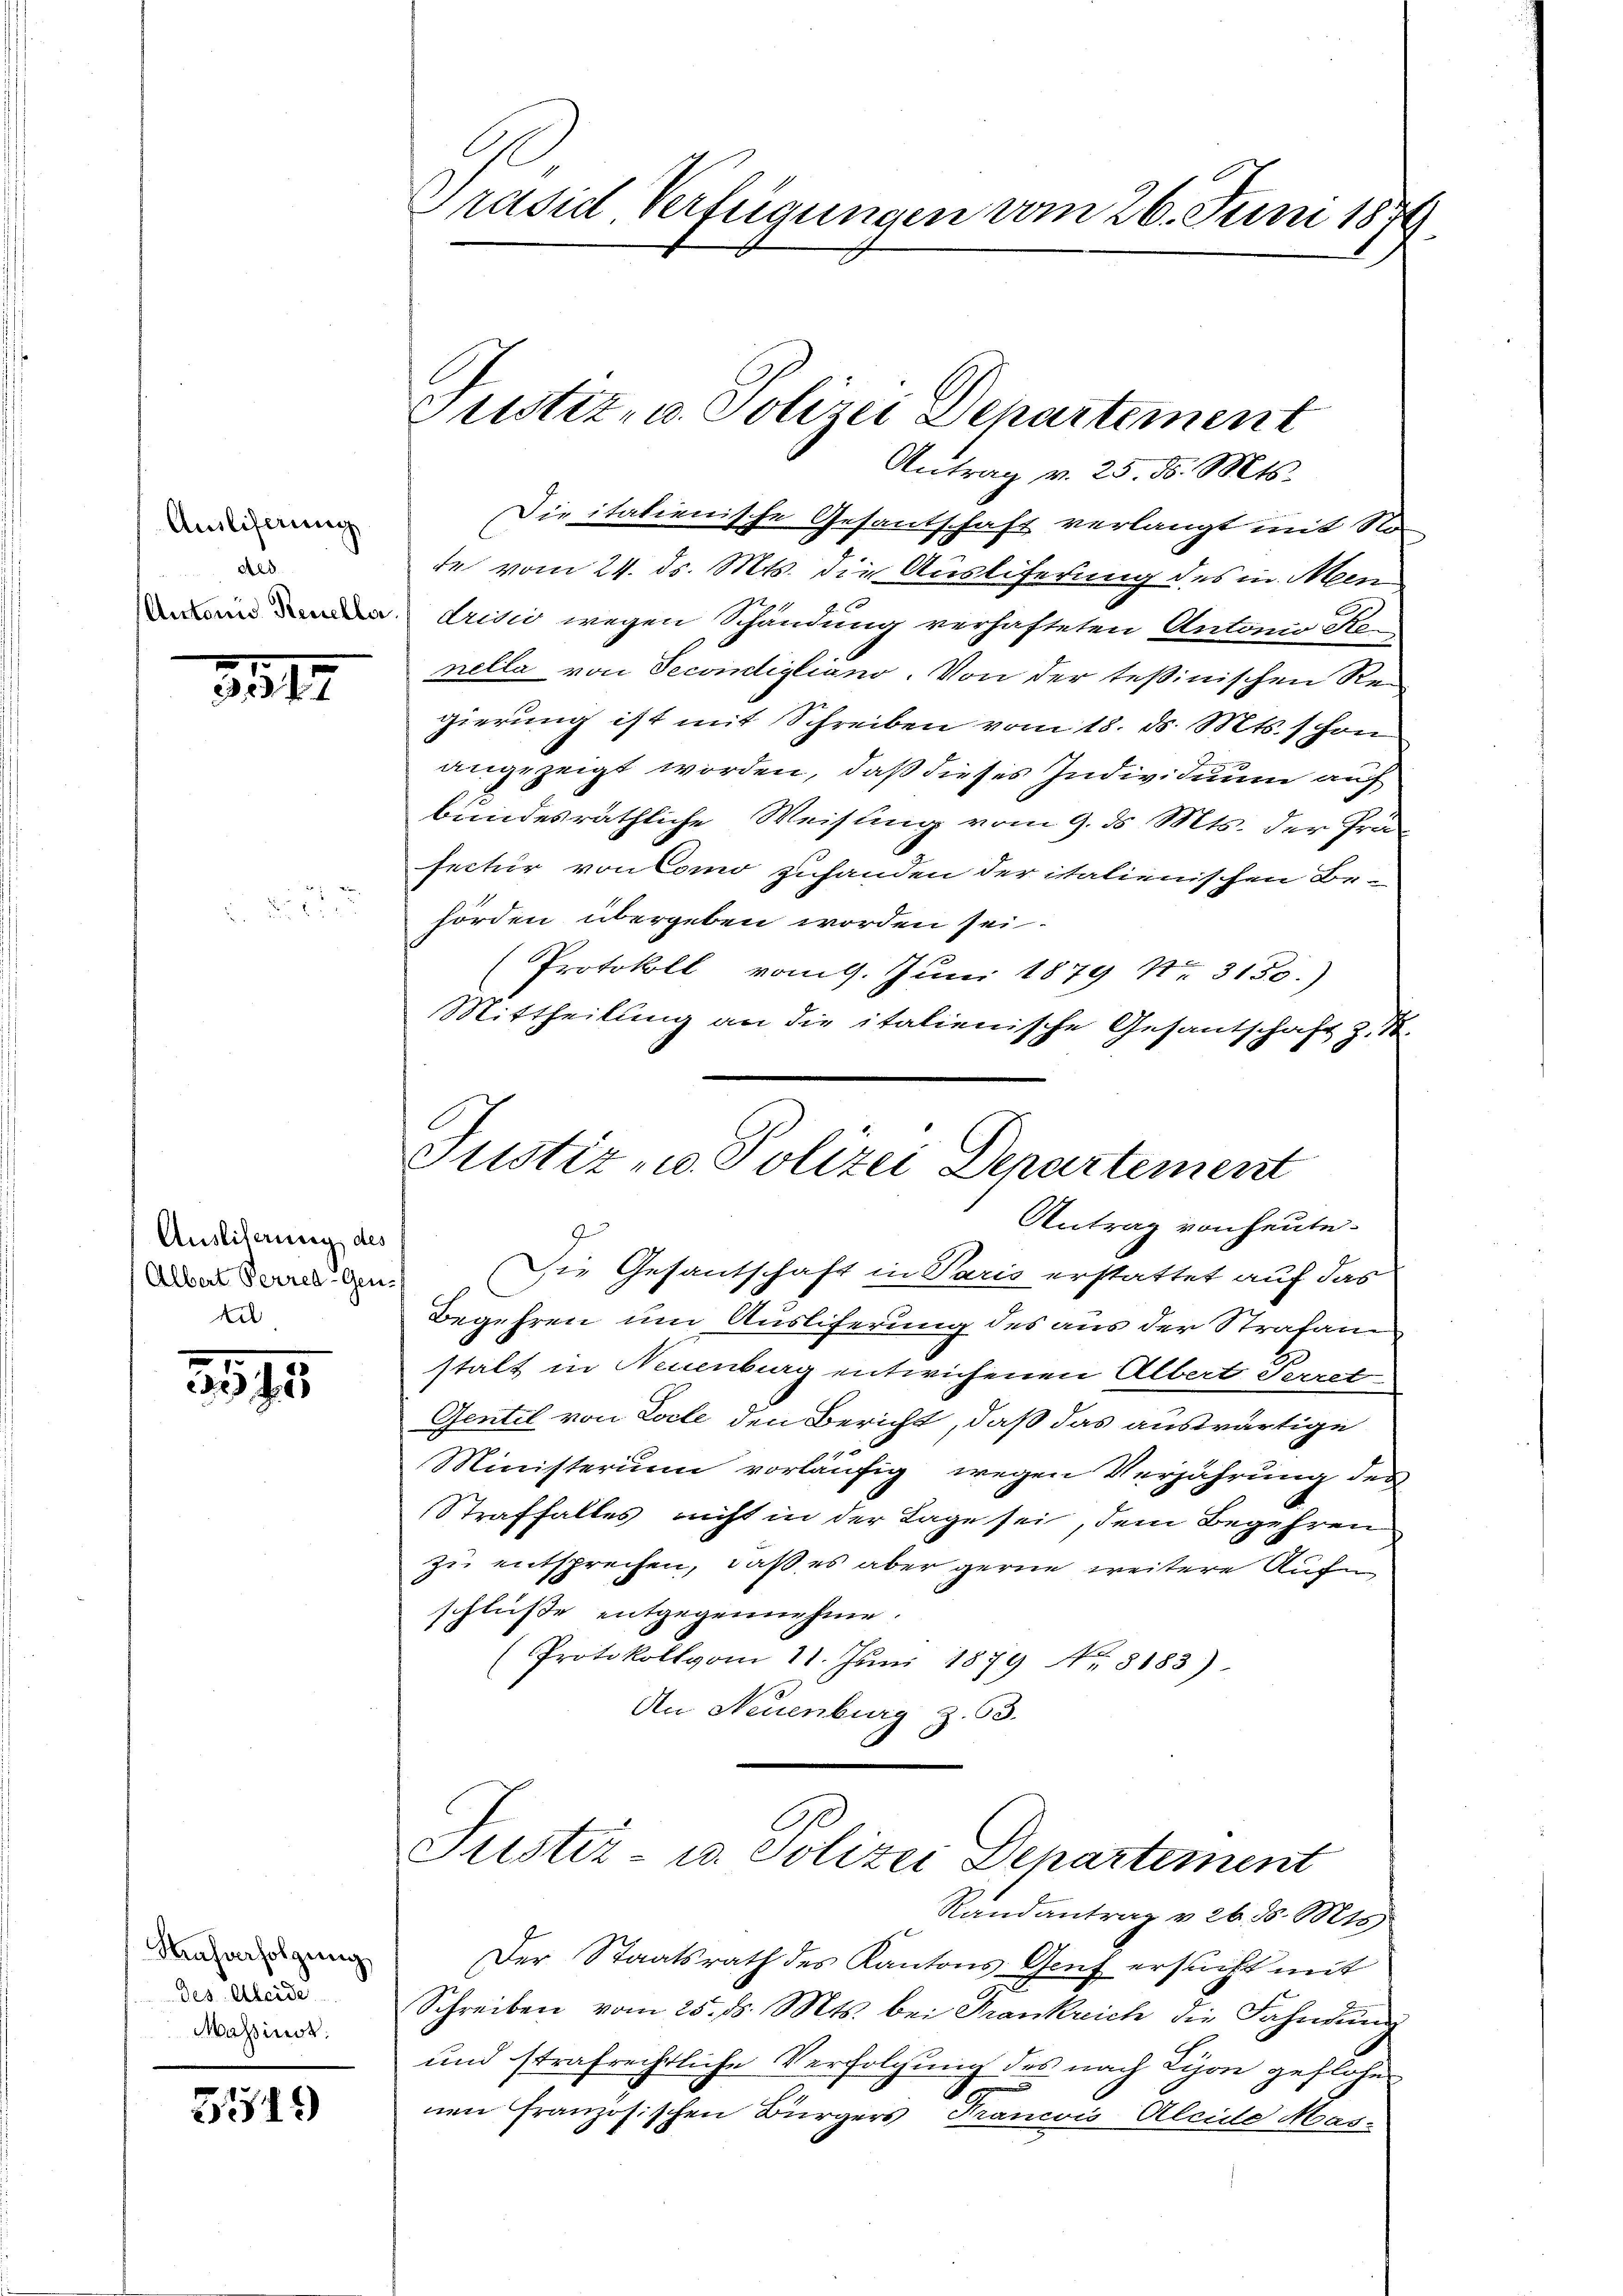
Ausliferung
Aed
(Antonis Reuella

3517

Ausliterung des
Albert Perred-Gen-
Ei

3595

Masverfolgung
des Kleide
Massinst

3519

Präsid. Verfügungen vom 26. Juni 1879.

Justiz- u. Polizei Departement
Antrag v. 25. d. Mts.

Die italienische Gesantschaft verlangt mit Node vom 24. ds. Mts. die Ausliferung des in Men
drisić wegen Schändung verhafteten Antonio Renella von Secondigliano. Von der Teßinischen Regierung ist mit Schreiben vom 18. ds. Mts. schon
angezeigt worden, daß dieses Individuum auf
bundesräthliche Weisung vom 9. ds Mts. der Prä-
sectur von Como zuhanden der italienischen Be-
hörden übergeben worden sei.
Protokoll vom 9. Juni 1879 No. 3130.)
Mittheilung an die italienische Gesanschaft z. St.
Justiz- u. Polizei Departement
Antrag von heute.
Die Gesantschaft in Paris erstattet auf das
Begehren um Ausliferung des aus der Strafanstalt in Neuenburg entwichenen Albert Secret
Gentel von Loche den Bericht, daß das auswärtige
Ministerium vorläufig wegen Verjährung des
Straffalles nicht in der Lage sei, dem Begehren
zu entsprechen, daß es aber gerne weitere Auf
schluße entgegennehme.
(Protokoll vom 11. Jŭni 1879 No. 8183)
An Neuenburg z. 63.

Justiz- u. Polizei Departement
Randantrag v. 26. d. Mts

Der Staatsrath des Kantons Genf ersucht mit
Schreiben vom 25. d. Mts. bei Frankreich die Fahndung
und strafrechtliche Verfolgung des nach Tison geflohe
nen französischen Bürgers Francois Aleide Mas-